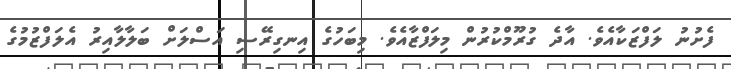
ފެށުނު ލަފްޒަކާއެވެ. އާދެ ގުރޫމްކުރުން މިލަފްޒާއެވެ. މިބަހުގެ އިނގިރޭސި އަސްލަށް ބަލާލާއިރު އެލަފްޒުމުގެ